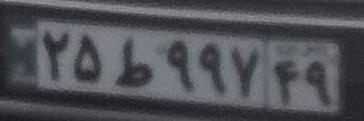
۲۵ط۹۹۷۴۹